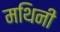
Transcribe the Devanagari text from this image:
मथिनी